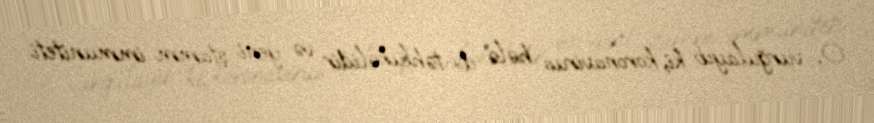
O, vurğulayıb ki, koronavirus hələ də təhlükəlidir və yeni ştamm immuniteti